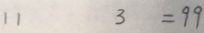
1 1 3 = 9 9